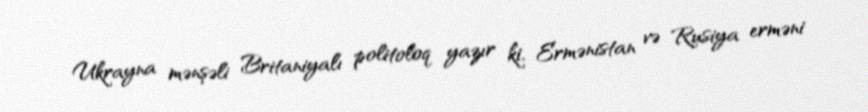
Ukrayna mənşəli Britaniyalı politoloq yazır ki, Ermənistan və Rusiya erməni